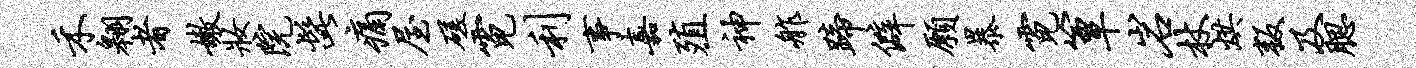
禾翱者嫩妆院髭痛屋磋霓利事嘉殖神舴蹄僻愿暴霓簟岩杖烘叛及腮